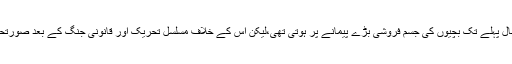
انہوں نے بتایا کہ یہاں کچھ سال پہلے تک بچیوں کی جسم فروشی بڑے پیمانے پر ہوتی تھی،لیکن اس کے خلاف مسلسل تحریک اور قانونی جنگ کے بعد صورتحال کافی حد تک بدل گئی ہے۔